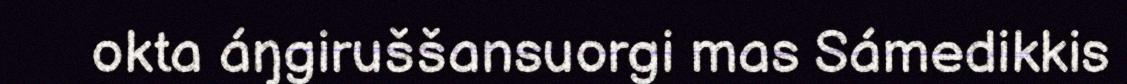
okta áŋgiruššansuorgi mas Sámedikkis